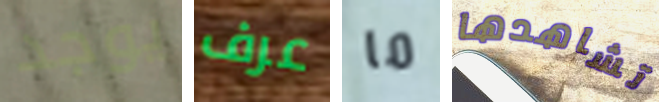
يوجد عرف ما تشاهدها